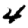
Digit: 4